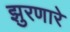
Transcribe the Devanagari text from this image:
झुरणारे